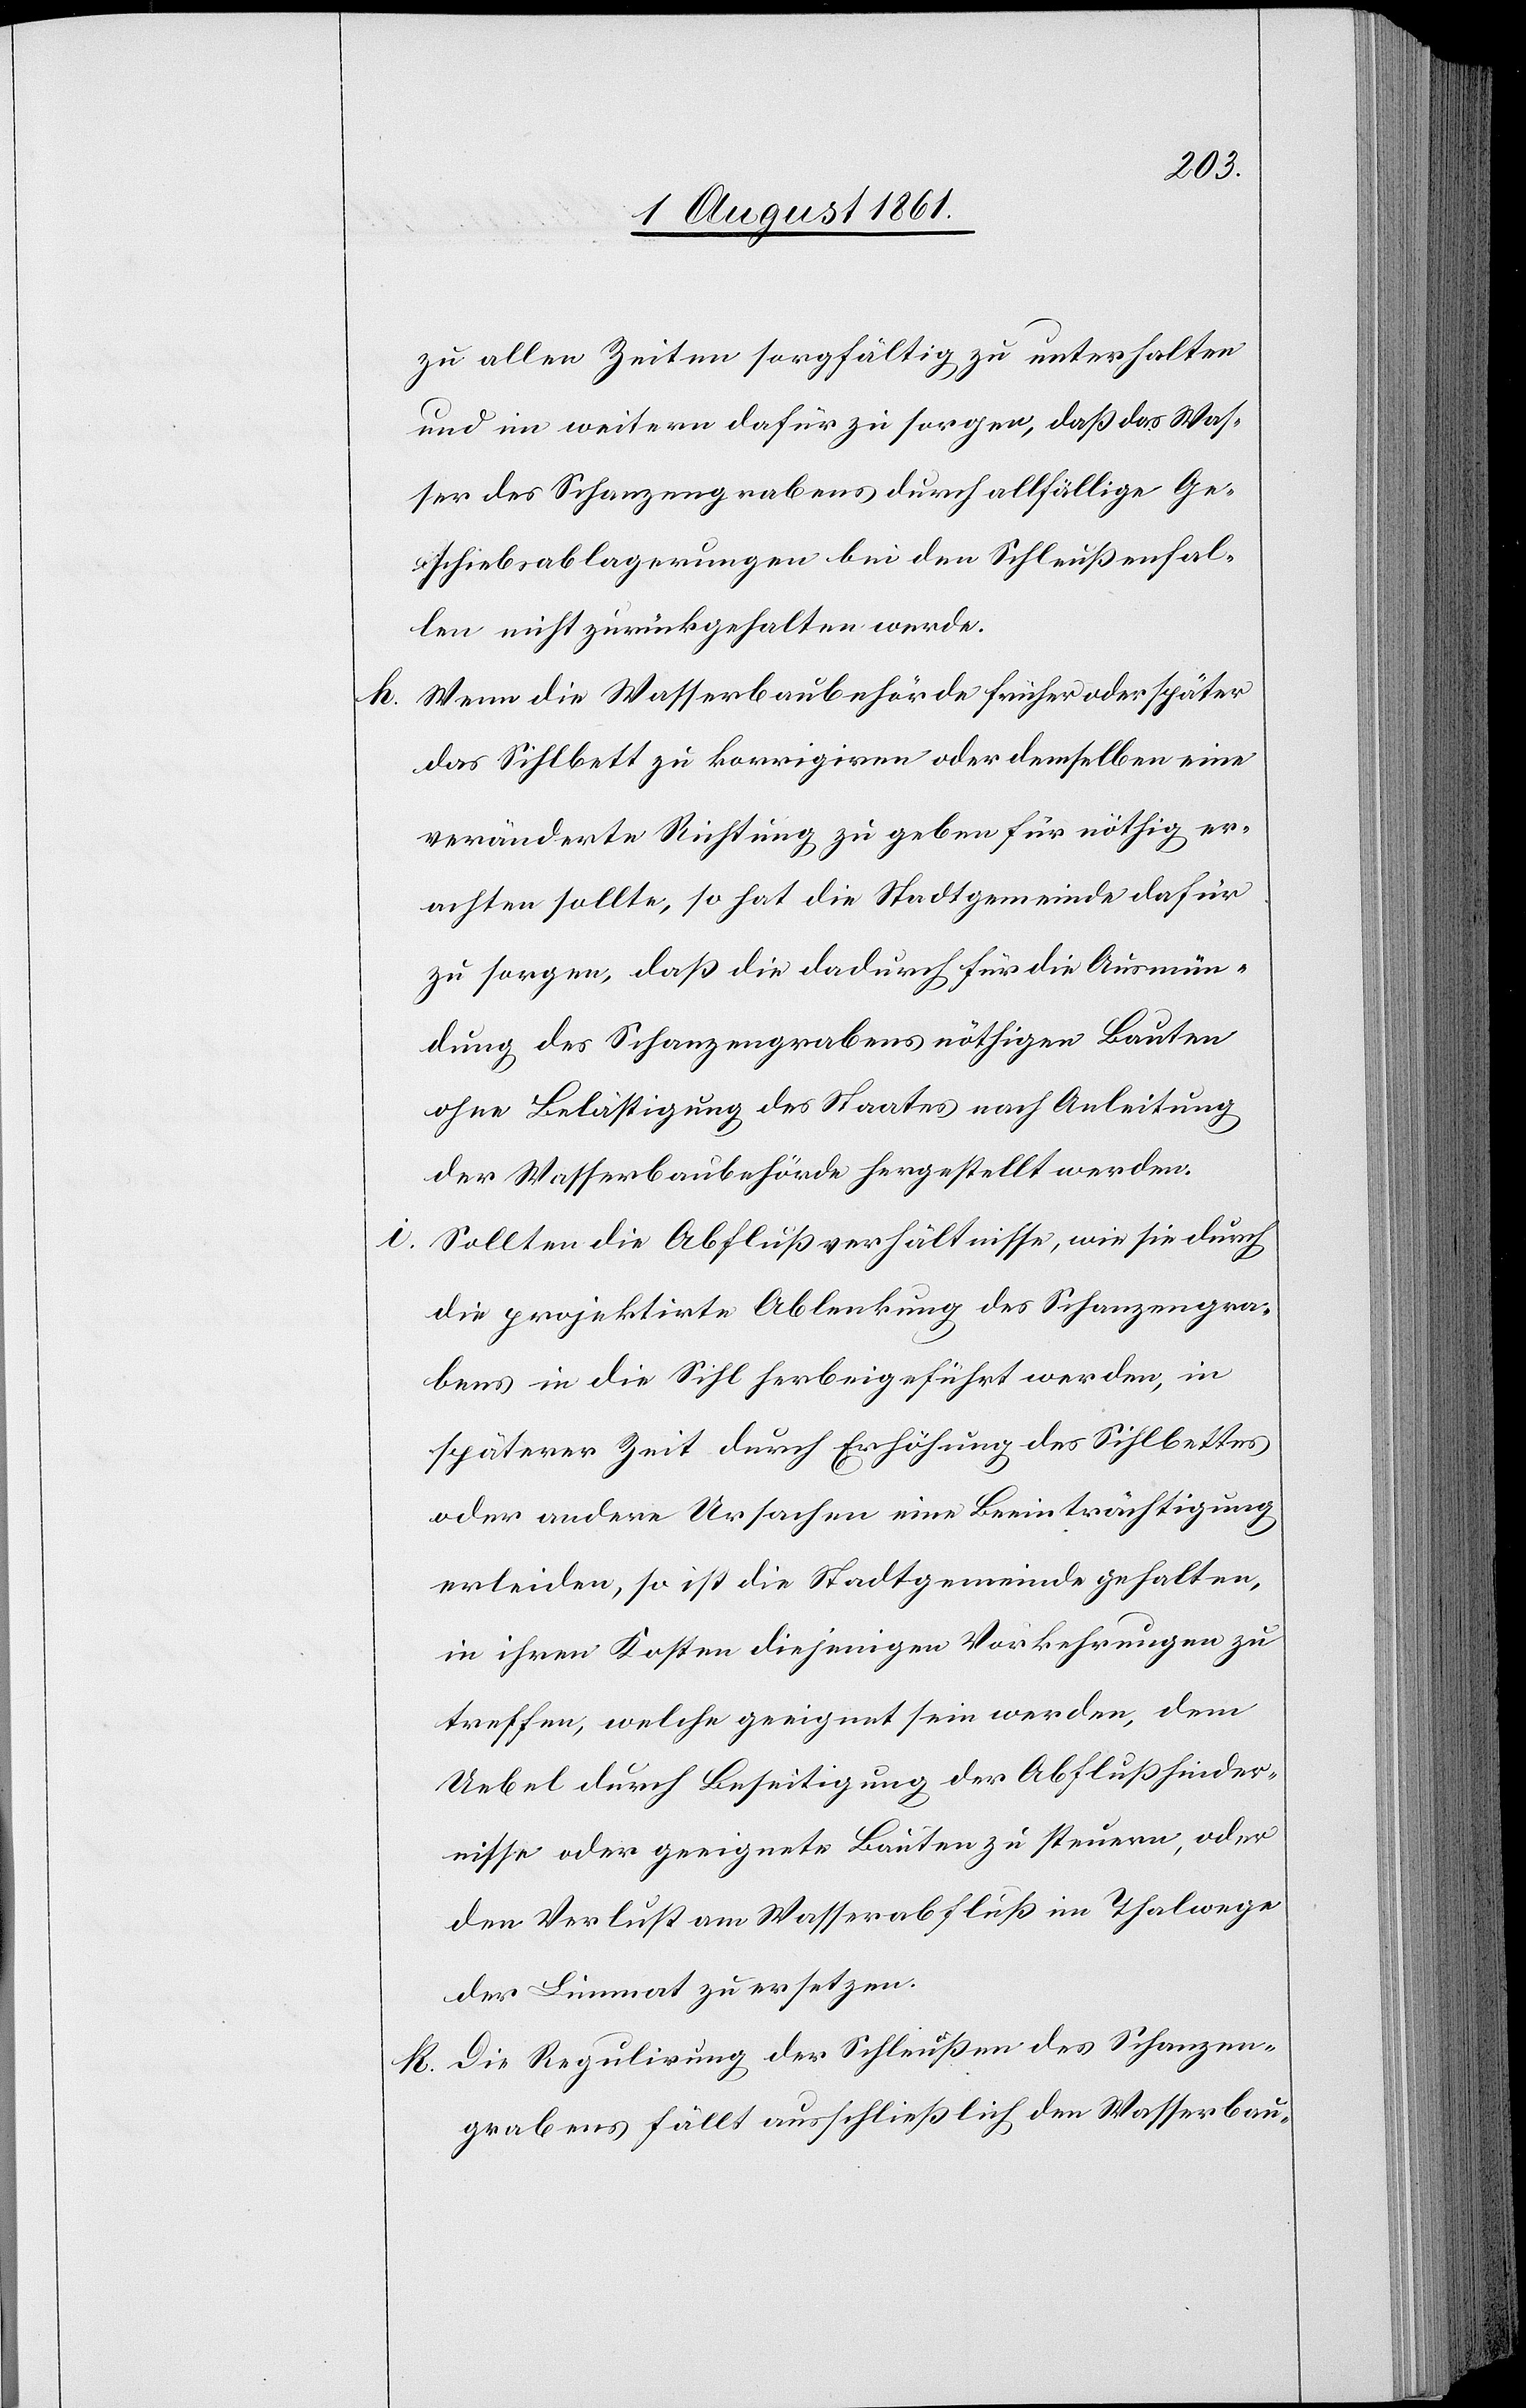
zu allen Zeiten sorgfältig zu unterhalten
und im weitern dafür zu sorgen, daß das Was¬
ser des Schanzengrabens durch allfällige Ge¬
schiebsablagerungen bei den Schleußenfal¬
len nicht zurückgehalten werde.
h. Wenn die Wasserbaubehörde früher oder später
das Sihlbett zu korrigiren oder demselben eine
veränderte Richtung zu geben für nöthig er¬
achten sollte, so hat die Stadtgemeinde dafür
zu sorgen, daß die dadurch für die Ausmün¬
dung des Schanzengrabens nöthigen Bauten
ohne Belästigung des Staates nach Anleitung
der Wasserbaubehörde hergestellt werden.
Sollten die Abflußverhältnisse, wie sie durch
die projektirte Ablenkung des Schanzengra¬
bens in die Sihl herbeigeführt werden, in
späterer Zeit durch Erhöhung des Sihlbettes
oder andere Ursachen eine Beeinträchtigung
erleiden, so ist die Stadtgemeinde gehalten
in ihren Kosten diejenigen Vorkehrungen zu
treffen, welche geeignet sein werden, dem
Uebel durch Beseitigung der Abflußhinder¬
nisse oder geeignete Bauten zu steuern, oder
dem Verlust am Wasserabfluß im Thalwege
der Limmat zu ersetzen.
k. Die Regulirung der Schleußen des Schanzen¬
grabens fällt ausschließlich den Wasserbau-